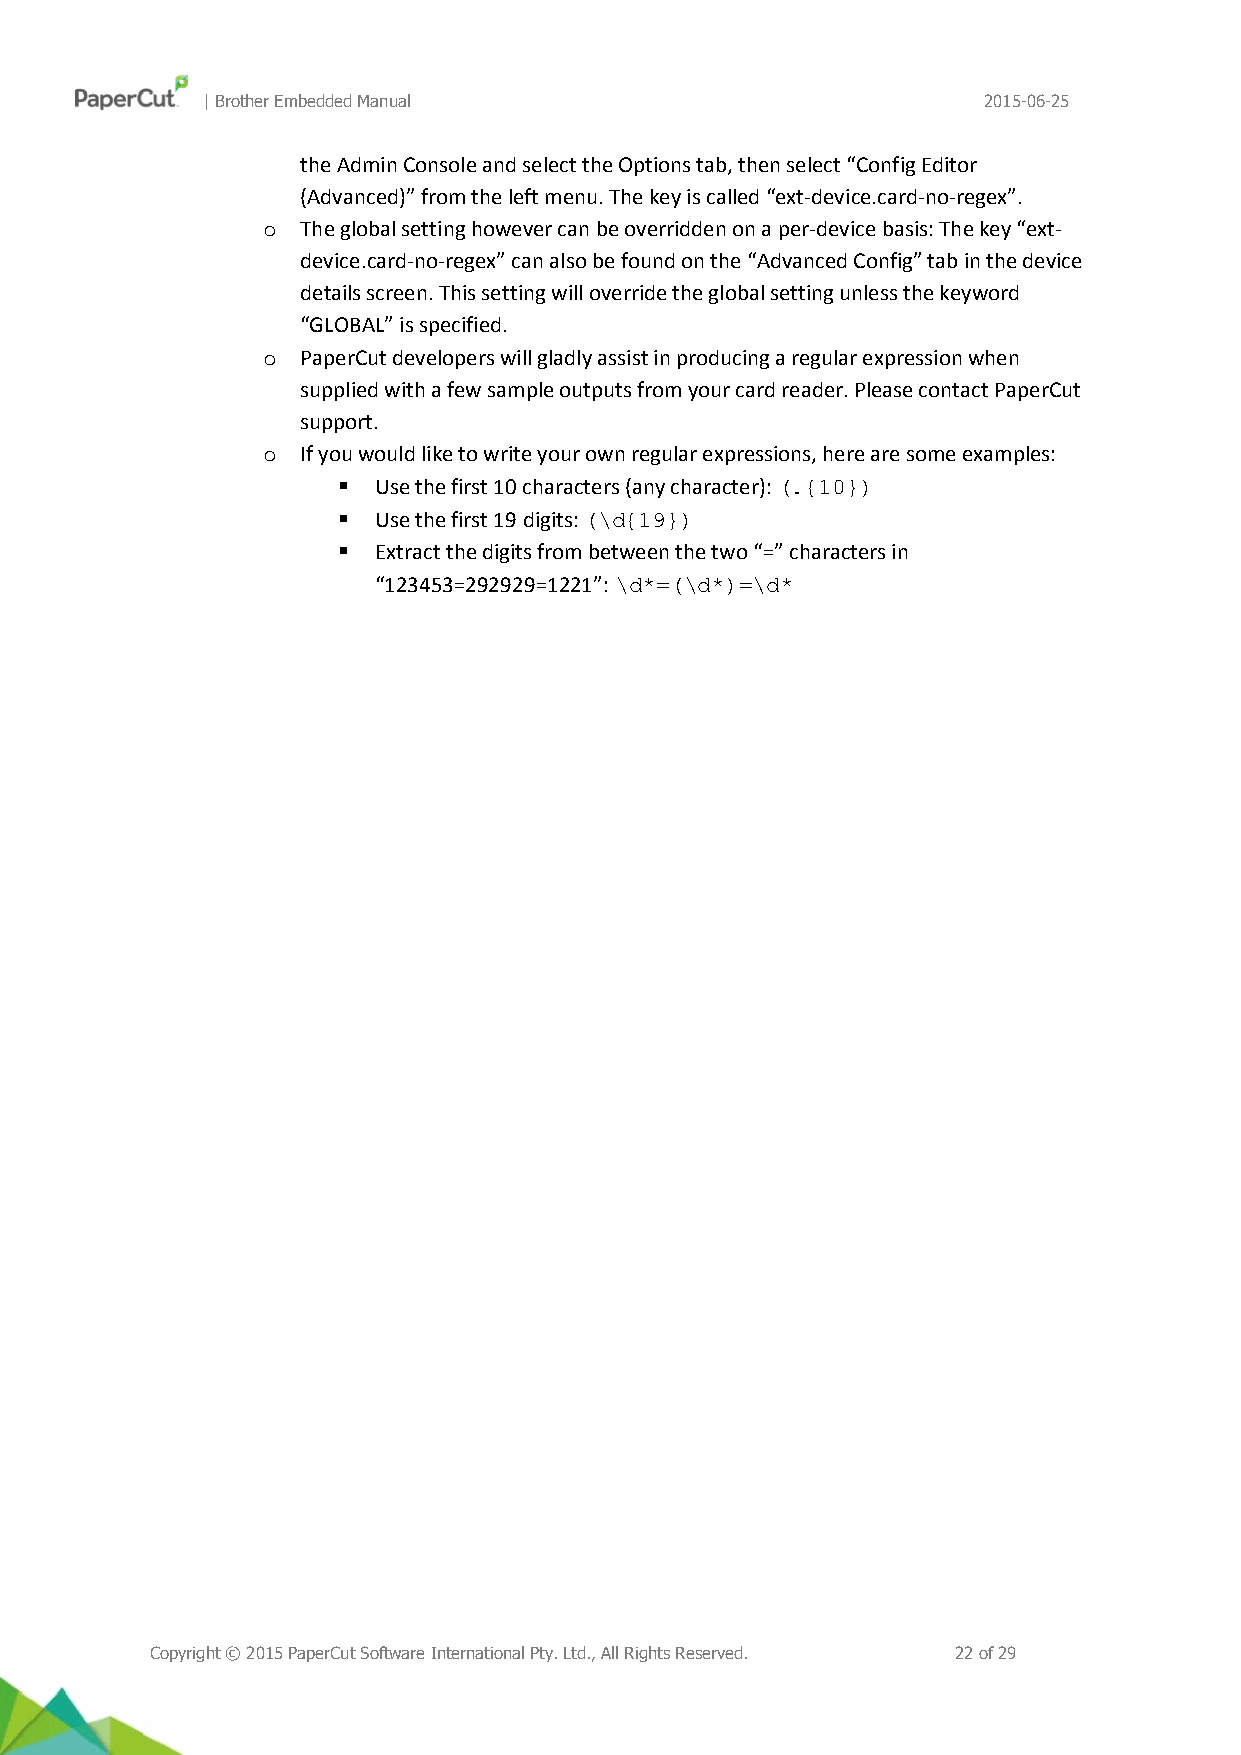
| Brother Embedded Manual                           2015-06-25
 the Admin Console and select the Options tab, then select “Config Editor
 (Advanced)” from the left menu. The key is called “ext-device.card-no-regex”.
 o  The global setting however can be overridden on a per-device basis: The key “ext-
 device.card-no-regex” can also be found on the “Advanced Config” tab in the device
 details screen. This setting will override the global setting unless the keyword
 “GLOBAL” is specified.
 o  PaperCut developers will gladly assist in producing a regular expression when
 supplied with a few sample outputs from your card reader. Please contact PaperCut
 support.
 o  If you would like to write your own regular expressions, here are some examples:
   Use the first 10 characters (any character): (.{10})
   Use the first 19 digits: (\d{19})
   Extract the digits from between the two “=” characters in
 “123453=292929=1221”: \d*=(\d*)=\d*
 Copyright © 2015 PaperCut Software International Pty. Ltd., All Rights Reserved. 22 of 29